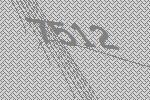
7512